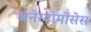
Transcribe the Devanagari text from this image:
अनेस्टोमोसेस